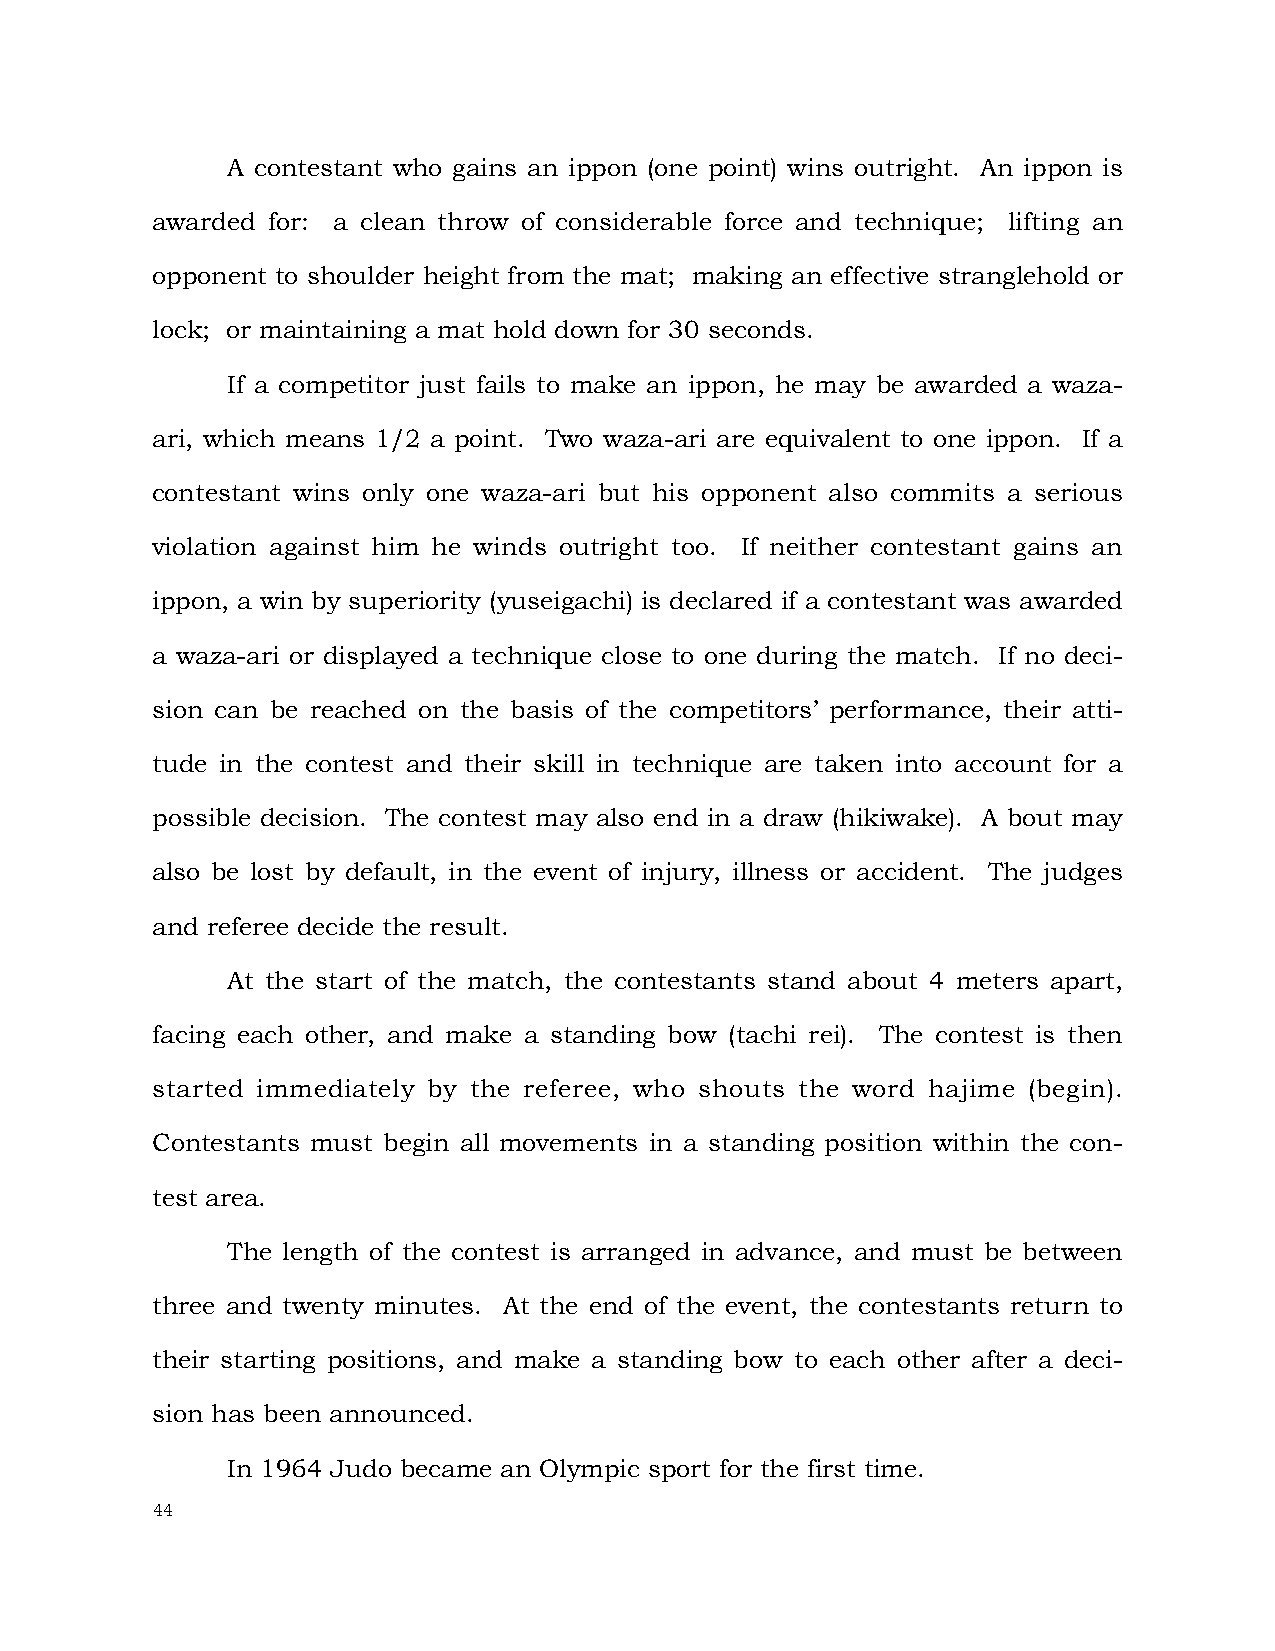
A contestant who gains an ippon (one point) wins outright. An ippon is
 awarded for: a clean throw of considerable force and technique; lifting an
 opponent to shoulder height from the mat; making an effective stranglehold or
 lock; or maintaining a mat hold down for 30 seconds.
 If a competitor just fails to make an ippon, he may be awarded a waza-
 ari, which means 1/2 a point. Two waza-ari are equivalent to one ippon. If a
 contestant wins only one waza-ari but his opponent also commits a serious
 violation against him he winds outright too. If neither contestant gains an
 ippon, a win by superiority (yuseigachi) is declared if a contestant was awarded
 a waza-ari or displayed a technique close to one during the match. If no deci-
 sion can be reached on the basis of the competitors’ performance, their atti-
 tude in the contest and their skill in technique are taken into account for a
 possible decision. The contest may also end in a draw (hikiwake). A bout may
 also be lost by default, in the event of injury, illness or accident. The judges
 and referee decide the result.
 At the start of the match, the contestants stand about 4 meters apart,
 facing each other, and make a standing bow (tachi rei). The contest is then
 started immediately by the referee, who shouts the word hajime (begin).
 Contestants must begin all movements in a standing position within the con-
 test area.
 The length of the contest is arranged in advance, and must be between
 three and twenty minutes. At the end of the event, the contestants return to
 their starting positions, and make a standing bow to each other after a deci-
 sion has been announced.
 In 1964 Judo became an Olympic sport for the first time.
 44